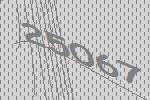
25067